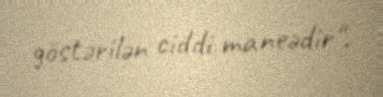
göstərilən ciddi maneədir".